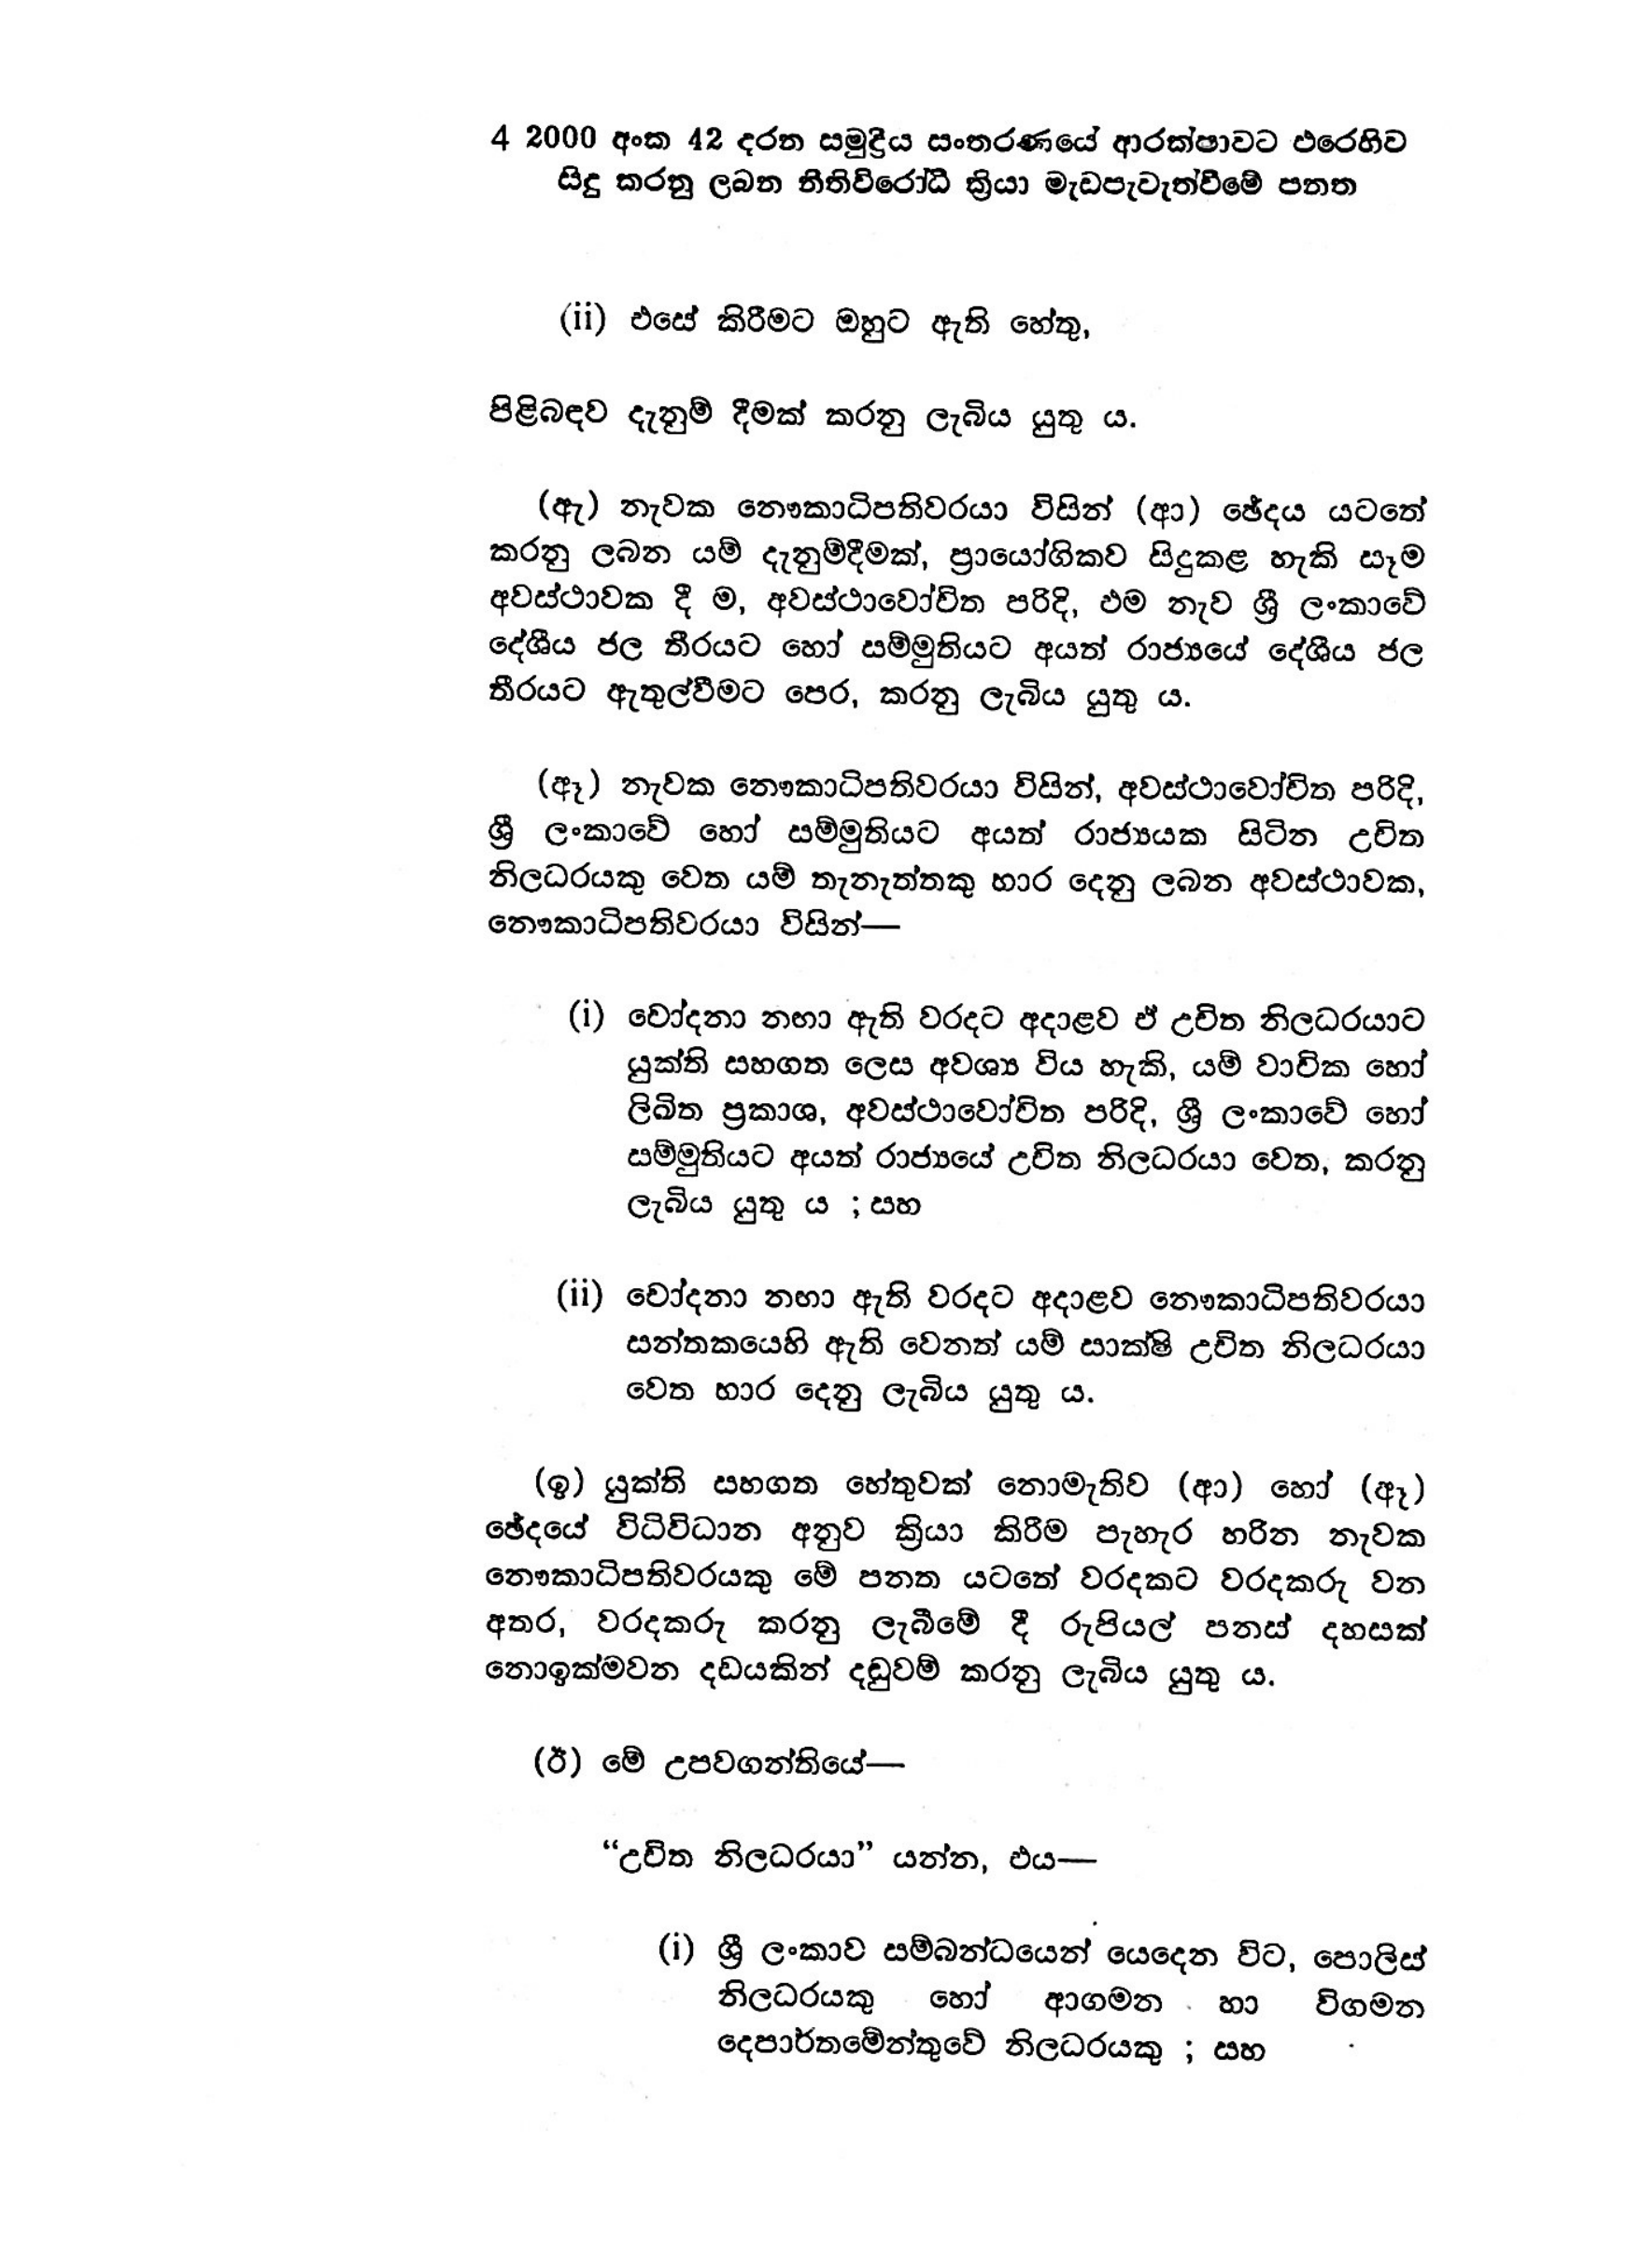
4 2000 අංක 42 දරන සමුද්‍රීය සංතරණයේ ආරක්ෂාවට එරෙහිව
සිදු කරනු ලබන නීතිවිරෝධී ක්‍රියා මැඩපැවැත්වීමේ පනත

(ii) එසේ කිරීමට ඔහුට ඇති හේතු,

පිළිබඳව දැනුම් දීමක් කරනු ලැබිය යුතු ය.

(ඇ) නැවක නෞකාධිපතිවරයා විසින් (ආ) ඡේදය යටතේ
කරනු ලබන යම් දැනුම්දීමක්, ප්‍රායෝගිකව සිදුකළ හැකි සෑම
අවස්ථාවක දී ම, අවස්ථාවෝචිත පරිදි, ඵම නැව් ශ්‍රී ලංකාවේ
දේශීය ජල තීරයට හෝ සම්මුතියට අයත් රාජ්‍යයේ දේශීය ජල
තීරයට ඇතුල්වීමට පෙර, කරනු ලැබිය යුතු ය.

(ඈ) නැවක නෞකාධිපතිවරයා විසින්, අවස්ථාවෝචිත පරිදි,
ශ්‍රී ලංකාවේ හෝ සම්මුතියට අයත් රාජ්‍යයක සිටින උචිත
නිලධරයකු වෙත යම් තැනැත්තකු භාර දෙනු ලබන අවස්ථාවක,
නෞකාධිපතිවරයා විසින්—

(i) චෝදනා නඟා ඇති වරදට අදාළව ඒ උචිත නිලධරයාට
යුක්ති සහගත ලෙස අවශ්‍ය විය හැකි, යම් වාචික හෝ
ලිඛිත ප්‍රකාශ, අවස්ථාවෝචිත පරිදි, ශ්‍රී ලංකාවේ හෝ
සම්මුතියට අයත් රාජ්‍යයේ උචිත නිලධරයා වෙත, කරනු
ලැබිය යුතු ය ; සහ

(ii) චෝදනා නඟා ඇති වරදට අදාළව නෞකාධිපතිවරයා
සන්තකයෙහි ඇති වෙනත් යම් සාක්ෂි උචිත නිලධරයා
වෙත භාර දෙනු ලැබිය යුතු ය.

(ඉ) යුක්ති සහගත හේතුවක් නොමැතිව (ආ) හෝ (ඈ )
ඡේදයේ විධිවිධාන අනුව ක්‍රියා කිරීම පැහැර හරින නැවක
නෞකාධිපතිවරයකු මේ පනත යටතේ වරදකට වරදකරු වන
අතර, වරදකරු කරනු ලැබීමේ දී රුපියල් පනස් දහසක්
නොඉක්මවන දඩයකින් දඬුවම් කරනු ලැබිය යුතු ය.

(ඊ) මේ උපවගන්තියේ

"උචිත නිලධරයා" යන්න, එය—

(i) ශ්‍රී ලංකාව සම්බන්ධයෙන් යෙදෙන විට, පොලිස්
නිලධරයකු හෝ ආගමන හා විගමන
දෙපාර්තමේන්තුවේ නිලධරයකු ; සහ